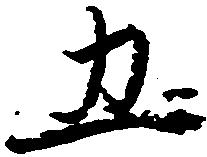
五